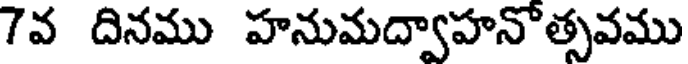
7వ దినము హనుమద్వాహనొత్సవము